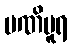
မဏိပူရ